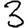
Digit: 3